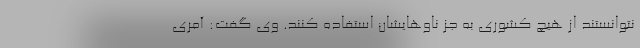
نتوانستند از هیچ کشوری به جز ناوهایشان استفاده کنند. وی گفت: آمری